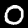
Digit: 0